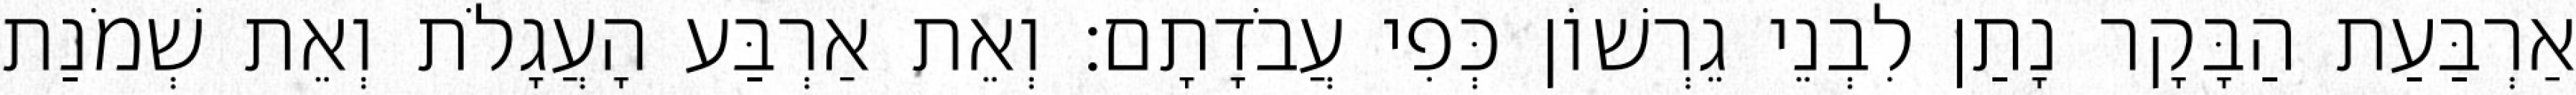
אַרְבַּעַת הַבָּקָר נָתַן לִבְנֵי גֵרְשׁוֹן כְּפִי עֲבֹדָתָם׃ וְאֵת אַרְבַּע הָעֲגָלֹת וְאֵת שְׁמֹנַת